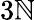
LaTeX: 3\mathbb{N}